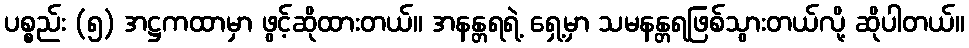
ပစ္စည်း (၅) အဋ္ဌကထာမှာ ဖွင့်ဆိုထားတယ်။ အနန္တရရဲ့ ရှေ့မှာ သမနန္တရဖြစ်သွားတယ်လို့ ဆိုပါတယ်။